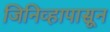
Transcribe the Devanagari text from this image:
जिनिव्हापासून